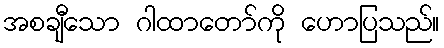
အစချီသော ဂါထာတော်ကို ဟောပြသည်။